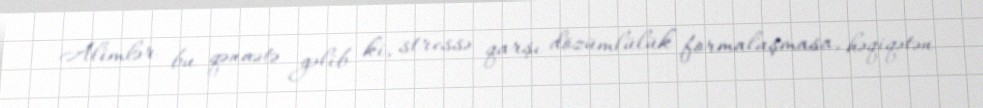
Alimlər bu qənaətə gəlib ki, stressə qarşı dözümlülük formalaşmasa, həqiqətən